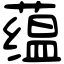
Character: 蕴